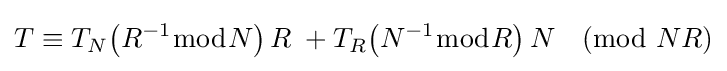
T\equiv T_{N}{\bigl (}R^{-1}{\bmod {N}}{\bigr )}\,R\;+T_{R}{\bigl (}N^{-1}{\bmod {R}}{\bigr )}\,N{\pmod {NR}}